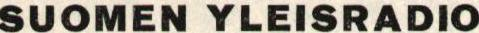
SUOMEN YLEISRADIO